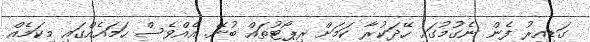
ގަޑިއިރު ފެން ނެގުމުގައި ހޭދަކުރާ ކަމަށް ރިޕޯޓުތައް ބުނޭ. އެއްވެސް ހަމައެއްގައި މިކަމެއް